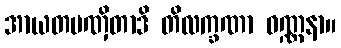
အာယတပဏှိတာဒိ တိလက္ခဏာ ဝဏ္ဏနာ။